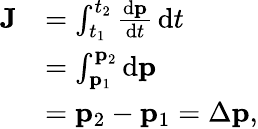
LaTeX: {\begin{array}{rl}{\mathbf{J}}&{=\int_{t_{1}}^{t_{2}}{\frac{\mathrm{d}\mathbf{p}}{\mathrm{d}t}}\, \mathrm{d}t}\\ &{=\int_{\mathbf{p}_{1}}^{\mathbf{p}_{2}}\mathrm{d}\mathbf{p}}\\ &{=\mathbf{p}_{2}-\mathbf{p}_{1}=\Delta\mathbf{p},}\end{array}}